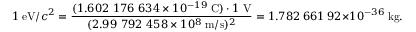
1 \; { \mathrm { e V } } / c ^ { 2 } = { \frac { ( 1 . 6 0 2 \ 1 7 6 \ 6 3 4 \times 1 0 ^ { - 1 9 } \; { \mathrm { C } } ) \cdot 1 \; { \mathrm { V } } } { ( 2 . 9 9 \ 7 9 2 \ 4 5 8 \times 1 0 ^ { 8 } \; { \mathrm { m } } / { \mathrm { s } } ) ^ { 2 } } } = 1 . 7 8 2 \ 6 6 1 \ 9 2 \times 1 0 ^ { - 3 6 } \; { \mathrm { k g } } .